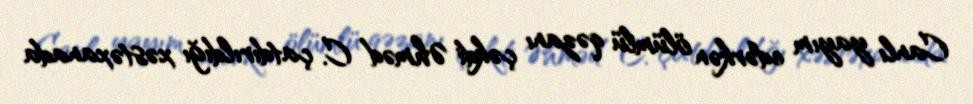
Canlı yayım edərkən ölümlü qəzanı çəkdi Əhməd C. çatdırıldığı xəstəxanada